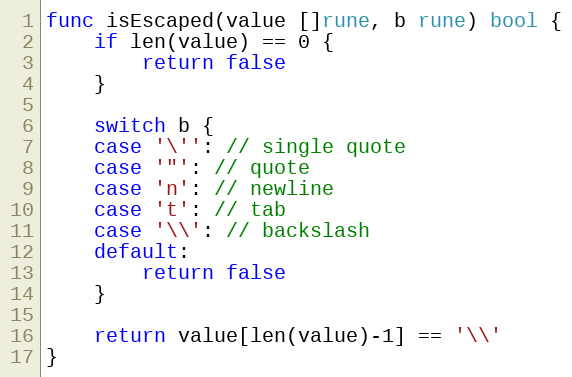
Language: Go
func isEscaped(value []rune, b rune) bool {
	if len(value) == 0 {
		return false
	}

	switch b {
	case '\'': // single quote
	case '"': // quote
	case 'n': // newline
	case 't': // tab
	case '\\': // backslash
	default:
		return false
	}

	return value[len(value)-1] == '\\'
}